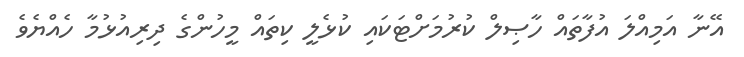
އޭނާ އަމިއްލަ އުފާތައް ހާޞިލް ކުރުމަށްޓަކައި ކުޅެލީ ކިތައް މީހުންގެ ދިރިއުޅުމާ ހެއްޔެވެ